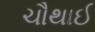
ચૌથાઈ